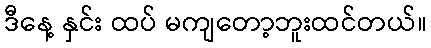
ဒီနေ့ နှင်း ထပ် မကျတော့ဘူးထင်တယ်။